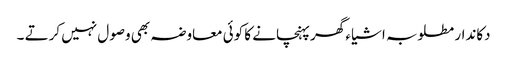
دکاندار مطلوبہ اشیا ء گھر پہنچانے کا کوئی معاوضہ بھی وصول نہیں کرتے ۔